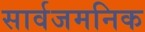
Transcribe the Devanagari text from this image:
सार्वजमनिक